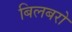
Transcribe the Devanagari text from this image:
बिलबरो